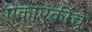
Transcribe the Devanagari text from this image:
एकाएकीच